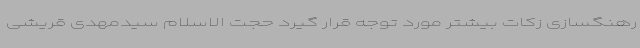
رهنگسازی زکات بیشتر مورد توجه قرار گیرد حجت الاسلام سیدمهدی قریشی